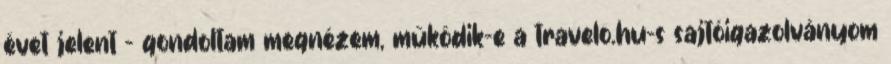
évet jelent - gondoltam megnézem, működik-e a travelo.hu-s sajtóigazolványom